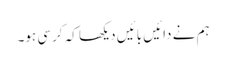
ہم نے دائیں بائیں دیکھا کہ کرسی ہو۔